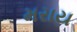
મરાય